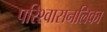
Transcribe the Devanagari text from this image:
परिश्वासनलिका